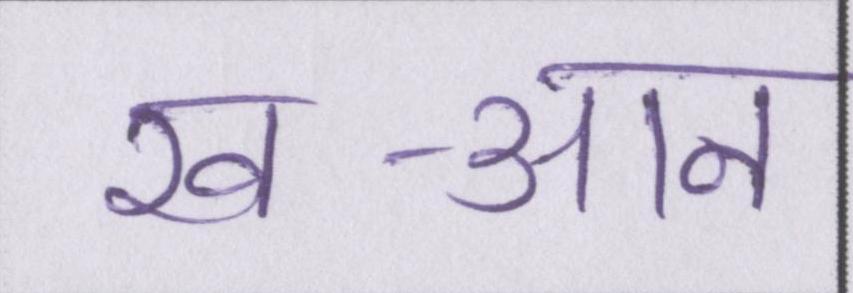
ख-आन